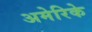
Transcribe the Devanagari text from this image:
अमेरिके